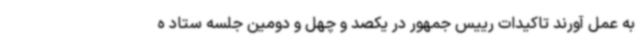
به عمل آورند تاکیدات رییس جمهور در یکصد و چهل و دومین جلسه ستاد ه